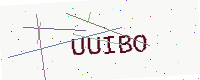
Text: UUIBO